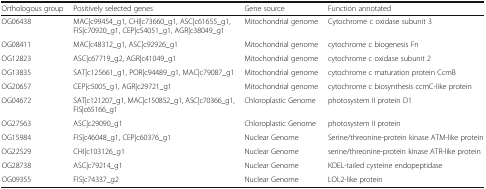
| Orthologous group | Positively selected genes | Gene source | Function annotated |
 | --- | --- | --- | --- |
 | OG06438 | MAC|c99454_g1, CHI|c73660_g1, ASC|c61655_g1, FIS|c70920_g1, CEP|c54051_g1, AGR|c38049_g1 | Mitochondrial genome | Cytochrome c oxidase subunit 3 |
 | OG08411 | MAC|c48312_g1, ASC|c92926_g1 | Mitochondrial genome | cytochrome c biogenesis Fn |
 | OG12823 | ASC|c67719_g2, AGR|c41049_g1 | Mitochondrial genome | cytochrome c oxidase subunit 2 |
 | OG13835 | SAT|c125661_g1, POR|c94489_g1, MAC|c79087_g1 | Mitochondrial genome | cytochrome c maturation protein CcmB |
 | OG20657 | CEP|c5005_g1, AGR|c29721_g1 | Mitochondrial genome | cytochrome c biosynthesis ccmC-like protein |
 | OG04672 | SAT|c121207_g1, MAC|c150852_g1, ASC|c70366_g1, FIS|c65166_g1 | Chloroplastic Genome | photosystem II protein D1 |
 | OG27563 | ASC|c29090_g1 | Chloroplastic Genome | photosystem II protein |
 | OG15984 | FIS|c46048_g1, CEP|c60376_g1 | Nuclear Genome | Serine/threonine-protein kinase ATM-like protein |
 | OG22529 | CHI|c103126_g1 | Nuclear Genome | serine/threonine-protein kinase ATR-like protein |
 | OG28738 | ASC|c79214_g1 | Nuclear Genome | KDEL-tailed cysteine endopeptidase |
 | OG09355 | FIS|c74337_g2 | Nuclear Genome | LOL2-like protein |